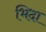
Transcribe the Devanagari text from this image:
भिदा